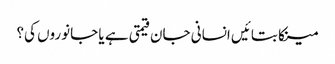
مینکا بتائیں انسانی جان قیمتی ہے یا جانوروں کی؟